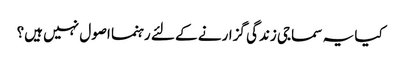
کیا یہ سماجی زندگی گزارنے کے لئے رہنما اصول نہیں ہیں؟